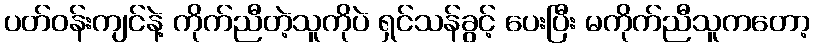
ပတ်ဝန်းကျင်နဲ့ ကိုက်ညီတဲ့သူကိုပဲ ရှင်သန်ခွင့် ပေးပြီး မကိုက်ညီသူကတော့